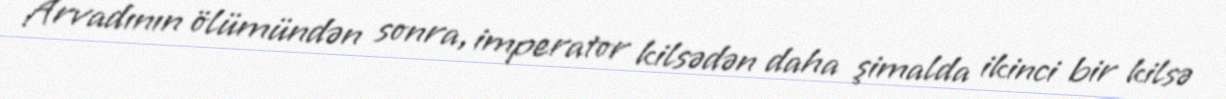
Arvadının ölümündən sonra, imperator kilsədən daha şimalda ikinci bir kilsə